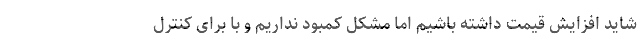
شاید افزایش قیمت داشته باشیم اما مشکل کمبود نداریم و با برای کنترل